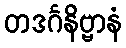
တဒင်္ဂနိဗ္ဗာနံ